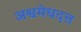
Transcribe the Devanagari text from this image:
अश्वमेधदत्त